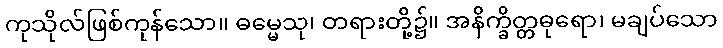
ကုသိုလ်ဖြစ်ကုန်သော။ ဓမ္မေသု၊ တရားတို့၌။ အနိက္ခိတ္တဓုရော၊ မချပ်သော